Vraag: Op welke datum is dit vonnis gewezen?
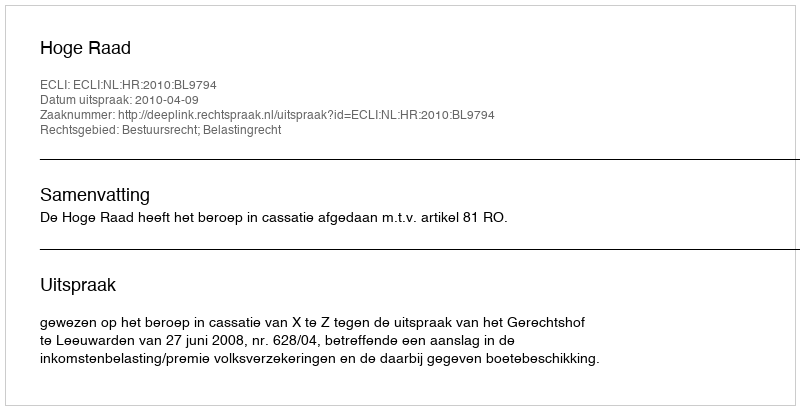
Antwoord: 2010-04-09